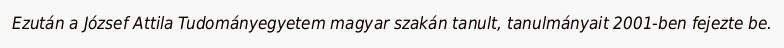
Ezután a József Attila Tudományegyetem magyar szakán tanult, tanulmányait 2001-ben fejezte be.